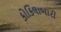
કોકિલાબારી